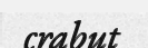
crabut